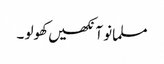
مسلمانو آنکھیں کھولو ۔